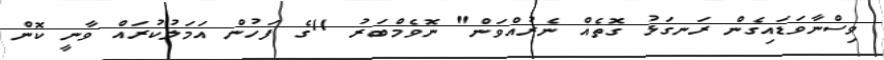
ވިސްނާވަޑައިގެން ރަނގަޅު ގޮތެއް ނެރުއްވަން" ނޮވެމްބަރު 11ގެ ފަހުން އަމަލުކުރައް ވާނީ ކޮން